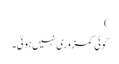
)
کوئی کمزوری نہیں ہوئی۔